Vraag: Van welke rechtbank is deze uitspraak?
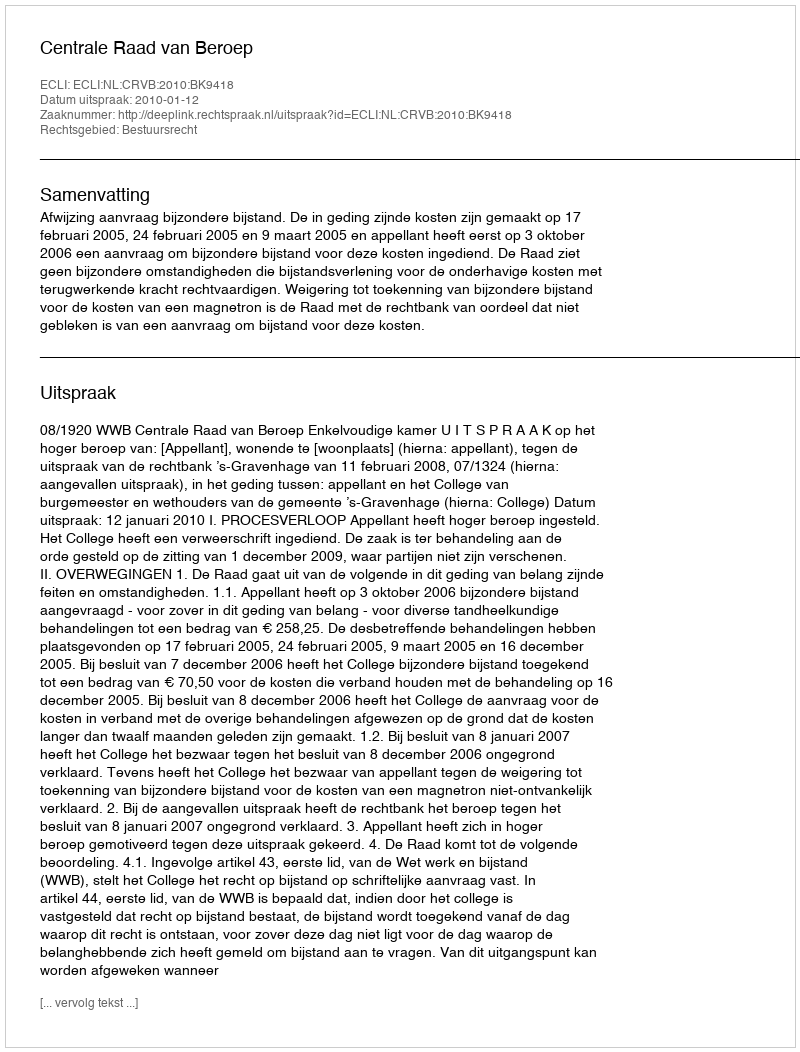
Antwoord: Centrale Raad van Beroep